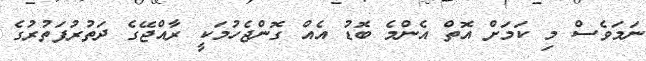
ނަމަވެސް މި ކަމަށް އޮތް އެންމެ ބޮޑު އެއް ގޮންޖެހުމަކީ ރާއްޖޭގެ ދަތުރުފަތުރުގެ